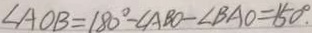
\angle A O B = 1 8 0 ^ { \circ } - \angle A B O - \angle B A O = 1 5 0 ^ { \circ } _ { \cdot }